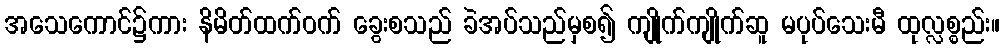
အသေကောင်၌ကား နိမိတ်ထက်ဝက် ခွေးစသည် ခဲအပ်သည်မှစ၍ ကျိုက်ကျိုက်ဆူ မပုပ်သေးမီ ထုလ္လစ္စည်း။